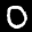
Digit: 0